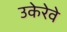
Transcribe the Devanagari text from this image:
उकेरेवे